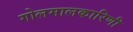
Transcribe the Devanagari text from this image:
गोलमालकारिणी